Report on vaccination North-West Frontier Province 1904-1922 - 1904-1922
Year: 1904
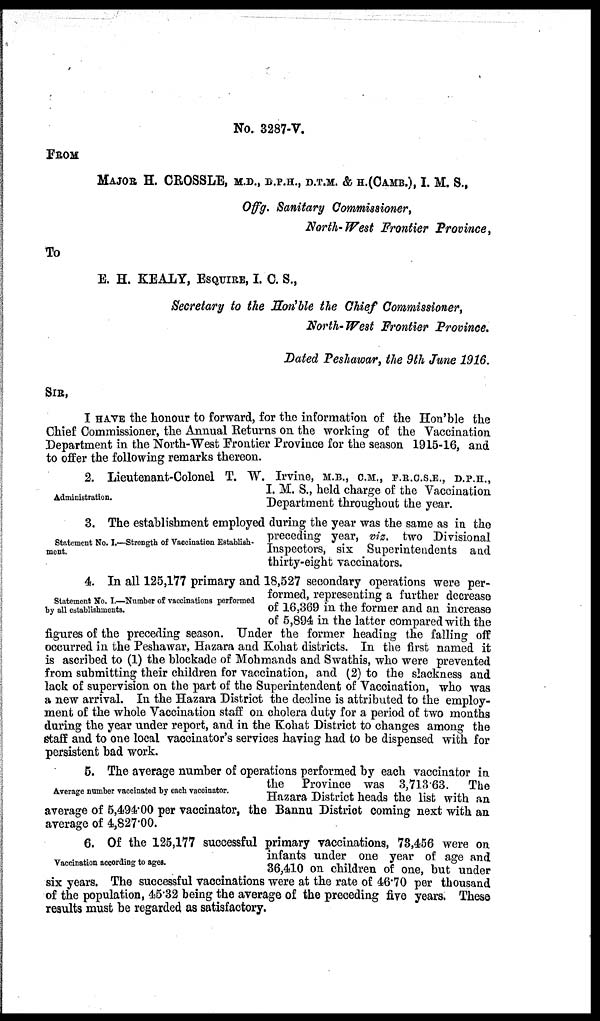
No. 3287-V.
FROM
MAJOR H. CROSSLE, M.D., D.P.H., D.T.M. & H.(CAMB.), I. M. S.,
Offg. Sanitary Commissioner,
North-West Frontier Province,
To
E. H. KEALY, ESQUIRE, I. C. S.,
Secretary to the Hon'ble the Chief Commissioner,
North-West Frontier Province,
Dated Peshawar, the 9th June 1916.
SIR,
I HAVE the honour to forward, for the information of the Hon'ble the
Chief Commissioner, the Annual Returns on the working of the Vaccination
Department in the North-West Frontier Province for the season 1915-16, and
to offer the following remarks thereon.
Administration.
2. Lieutenant-Colonel T. W. Irvine, M.B., C. M., F.R.C.S.E., D.P.H.,
I. M. S., held charge of the Vaccination
Department throughout the year.
Statement No. I.—Strength of Vaccination Establish-
ment.
3. The establishment employed during the year was the same as in the
preceding year, viz. two Divisional
Inspectors, six Superintendents and
thirty-eight vaccinators.
Statement No. I.—Number of vaccinations performed
by all establishments.
4. In all 125,177 primary and 18,527 secondary operations were per-
formed, representing a further decrease
of 16,369 in the former and an increase
of 5,894 in the latter compared with the
figures of the preceding season. Under the former heading the falling off
occurred in the Peshawar, Hazara and Kohat districts. In the first named it
is ascribed to (1) the blockade of Mohmands and Swathis, who were prevented
from submitting their children for vaccination, and (2) to the slackness and
lack of supervision on the part of the Superintendent of Vaccination, who was
a new arrival. In the Hazara District the decline is attributed to the employ-
ment of the whole Vaccination staff on cholera duty for a period of two months
during the year under report, and in the Kohat District to changes among the
staff and to one local vaccinator's services having had to be dispensed with for
persistent bad work.
Average number vaccinated by each vaccinator.
5. The average number of operations performed by each vaccinator in
the Province was 3,713.63.
The
Hazara District heads the list with an
average of 5,494.00 per vaccinator, the Bannu District coming next with an
average of 4,827.00.
Vaccination according to ages.
6. Of the 125,177 successful primary vaccinations, 73,456 were on
infants under one year of age and
36,410 on children of one, but under
six years. The successful vaccinations were at the rate of 46.70 per thousand
of the population, 45.32 being the average of the preceding five years. These
results must be regarded as satisfactory.